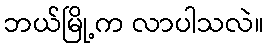
ဘယ်မြို့က လာပါသလဲ။